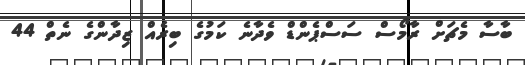
ބާސާ މެޗަށް ރާމޯސް ސަސްޕެންޑް ވެދާނެ ކަމުގެ ބިރެއް ޒިދާންގެ ނެތް 44